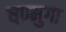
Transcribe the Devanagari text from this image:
षण्मुगा